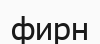
фирн